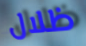
ظلال